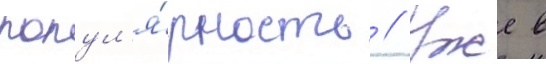
попул'я́рность // Уже в